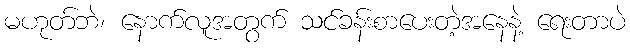
မဟုတ်ဘဲ၊ နောက်လူအတွက် သင်ခန်းစာပေးတဲ့အနေနဲ့ ရေးတာပဲ